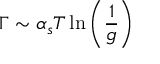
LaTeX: \Gamma \sim \alpha _ { s } T \ln \left( \frac { 1 } { g } \right)